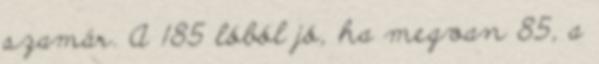
szamár. A 185 lóból jó, ha megvan 85, a